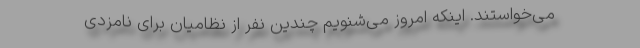
می‌خواستند. اینکه امروز می‌شنویم چندین نفر از نظامیان برای نامزدی